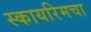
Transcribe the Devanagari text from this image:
स्कायरिमचा